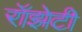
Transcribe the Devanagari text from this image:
रॉझेटी